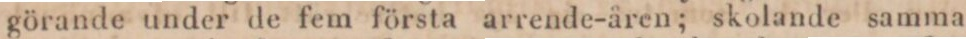
görande under de fem första arrende-åren; skolande samma